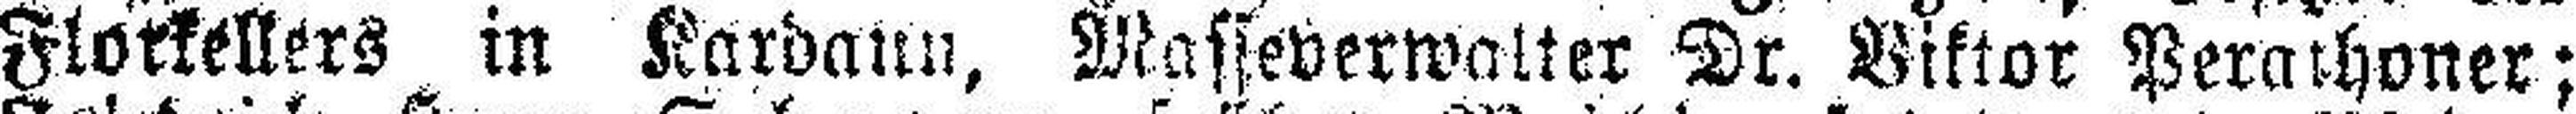
Florkelkers in Kardaun, Masseverwalter Dr. Viktor Peraihoner;